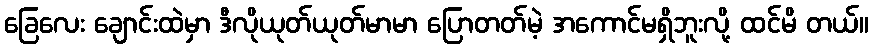
ခြေလေး ချောင်းထဲမှာ ဒီလိုယုတ်ယုတ်မာမာ ပြောတတ်မဲ့ အကောင်မရှိဘူးလို့ ထင်မိ တယ်။